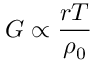
G \propto \frac { r T } { \rho _ { 0 } }